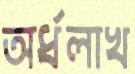
অর্ধলাখ